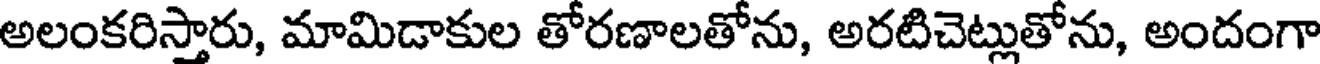
అలంకరిస్తారు, మామిడాకుల తోరణాలతోను, అరటిచెట్లుతోను, అందంగా